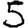
Digit: 5